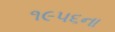
૧૯૫૬ના